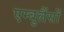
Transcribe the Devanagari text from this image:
एम्बुलैंसों